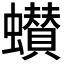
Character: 𮕌